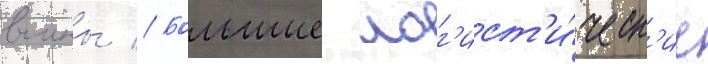
воины // Большие лог'ист'и́ческ'ие